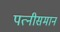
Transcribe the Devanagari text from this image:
पत्नीसमान